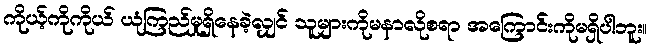
ကိုယ့်ကိုကိုယ် ယုံကြည်မှုရှိနေခဲ့လျှင် သူများကိုမနာလိုစရာ အကြောင်းကိုမရှိပါဘူး။